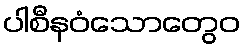
ပါစီနဝံသောတွေဝ